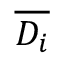
\overline { { D _ { i } } }